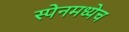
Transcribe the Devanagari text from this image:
स्पेनमध्येच